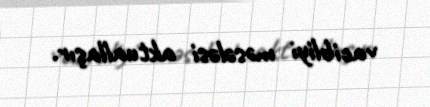
vacibliyi məsələsi aktuallaşır.